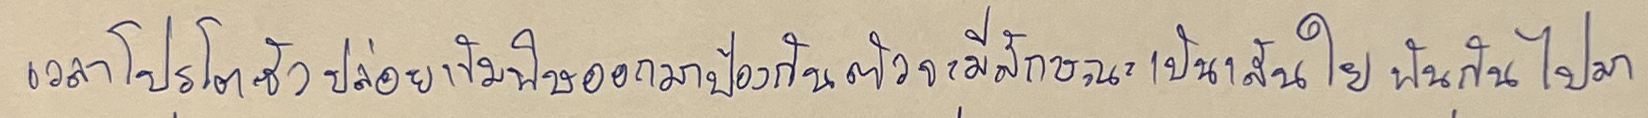
เวลาโปรโตซัวปล่อยเข็มพิษออกมาป้องกันตัวจะมีลักษณะเป็นเส้นใยพันกันไปมา